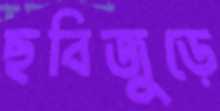
ছবিজুড়ে